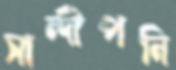
সান্দীপনি